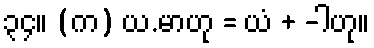
၃၄။ (က) ယ.မာဟု = ယံ + -ါဟု။